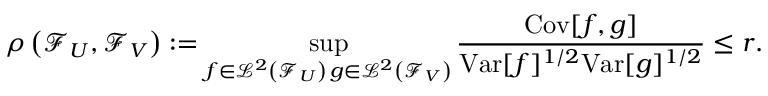
\rho \left( \mathcal { F } _ { U } , \mathcal { F } _ { V } \right) : = \operatorname* { s u p } _ { \substack { f \in \mathcal { L } ^ { 2 } \left( \mathcal { F } _ { U } \right) \, g \in \mathcal { L } ^ { 2 } \left( \mathcal { F } _ { V } \right) } } \frac { \mathrm { C o v } [ f , g ] } { \mathrm { V a r } [ f ] ^ { 1 / 2 } \mathrm { V a r } [ g ] ^ { 1 / 2 } } \leq r .